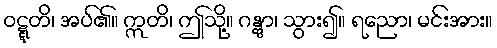
ဝဋ္ဋတိ၊ အပ်၏။ ဣတိ၊ ဤသို့။ ဂန္တွာ၊ သွား၍။ ရညော၊ မင်းအား။